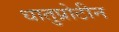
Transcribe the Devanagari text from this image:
धातुप्रोटीन